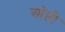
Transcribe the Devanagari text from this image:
ओंसी